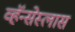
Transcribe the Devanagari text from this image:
व्हॅन्सेस्लास